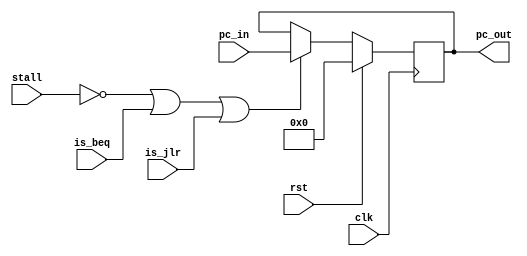
module pc (clk,rst,stall,is_beq,is_jlr,pc_in,pc_out);

input clk,rst,stall,is_beq,is_jlr;
input [15:0] pc_in;
output reg [15:0] pc_out;

always @(posedge clk)
begin
if(rst)
pc_out<= 16'h0000;
else if( !stall || is_beq || is_jlr )
pc_out<=pc_in;

end

endmodule